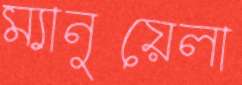
ম্যানুয়েলা